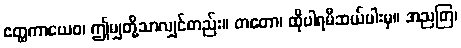
ဧတ္ထကာယေဝ၊ ဤမျှတို့သာလျှင်တည်း။ တတော၊ ထိုပါရမီဆယ်ပါးမှ။ အညတြ၊